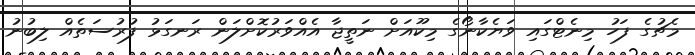
މެޗުގެ ފަހު މިނެޓްގައި ވަޔެކާނޯގެ މިކޫއަށް ނަތީޖާ އެއްވަރުކޮށްލަން ރަނގަޅު ފުރުސަތެއް ލިބުނު